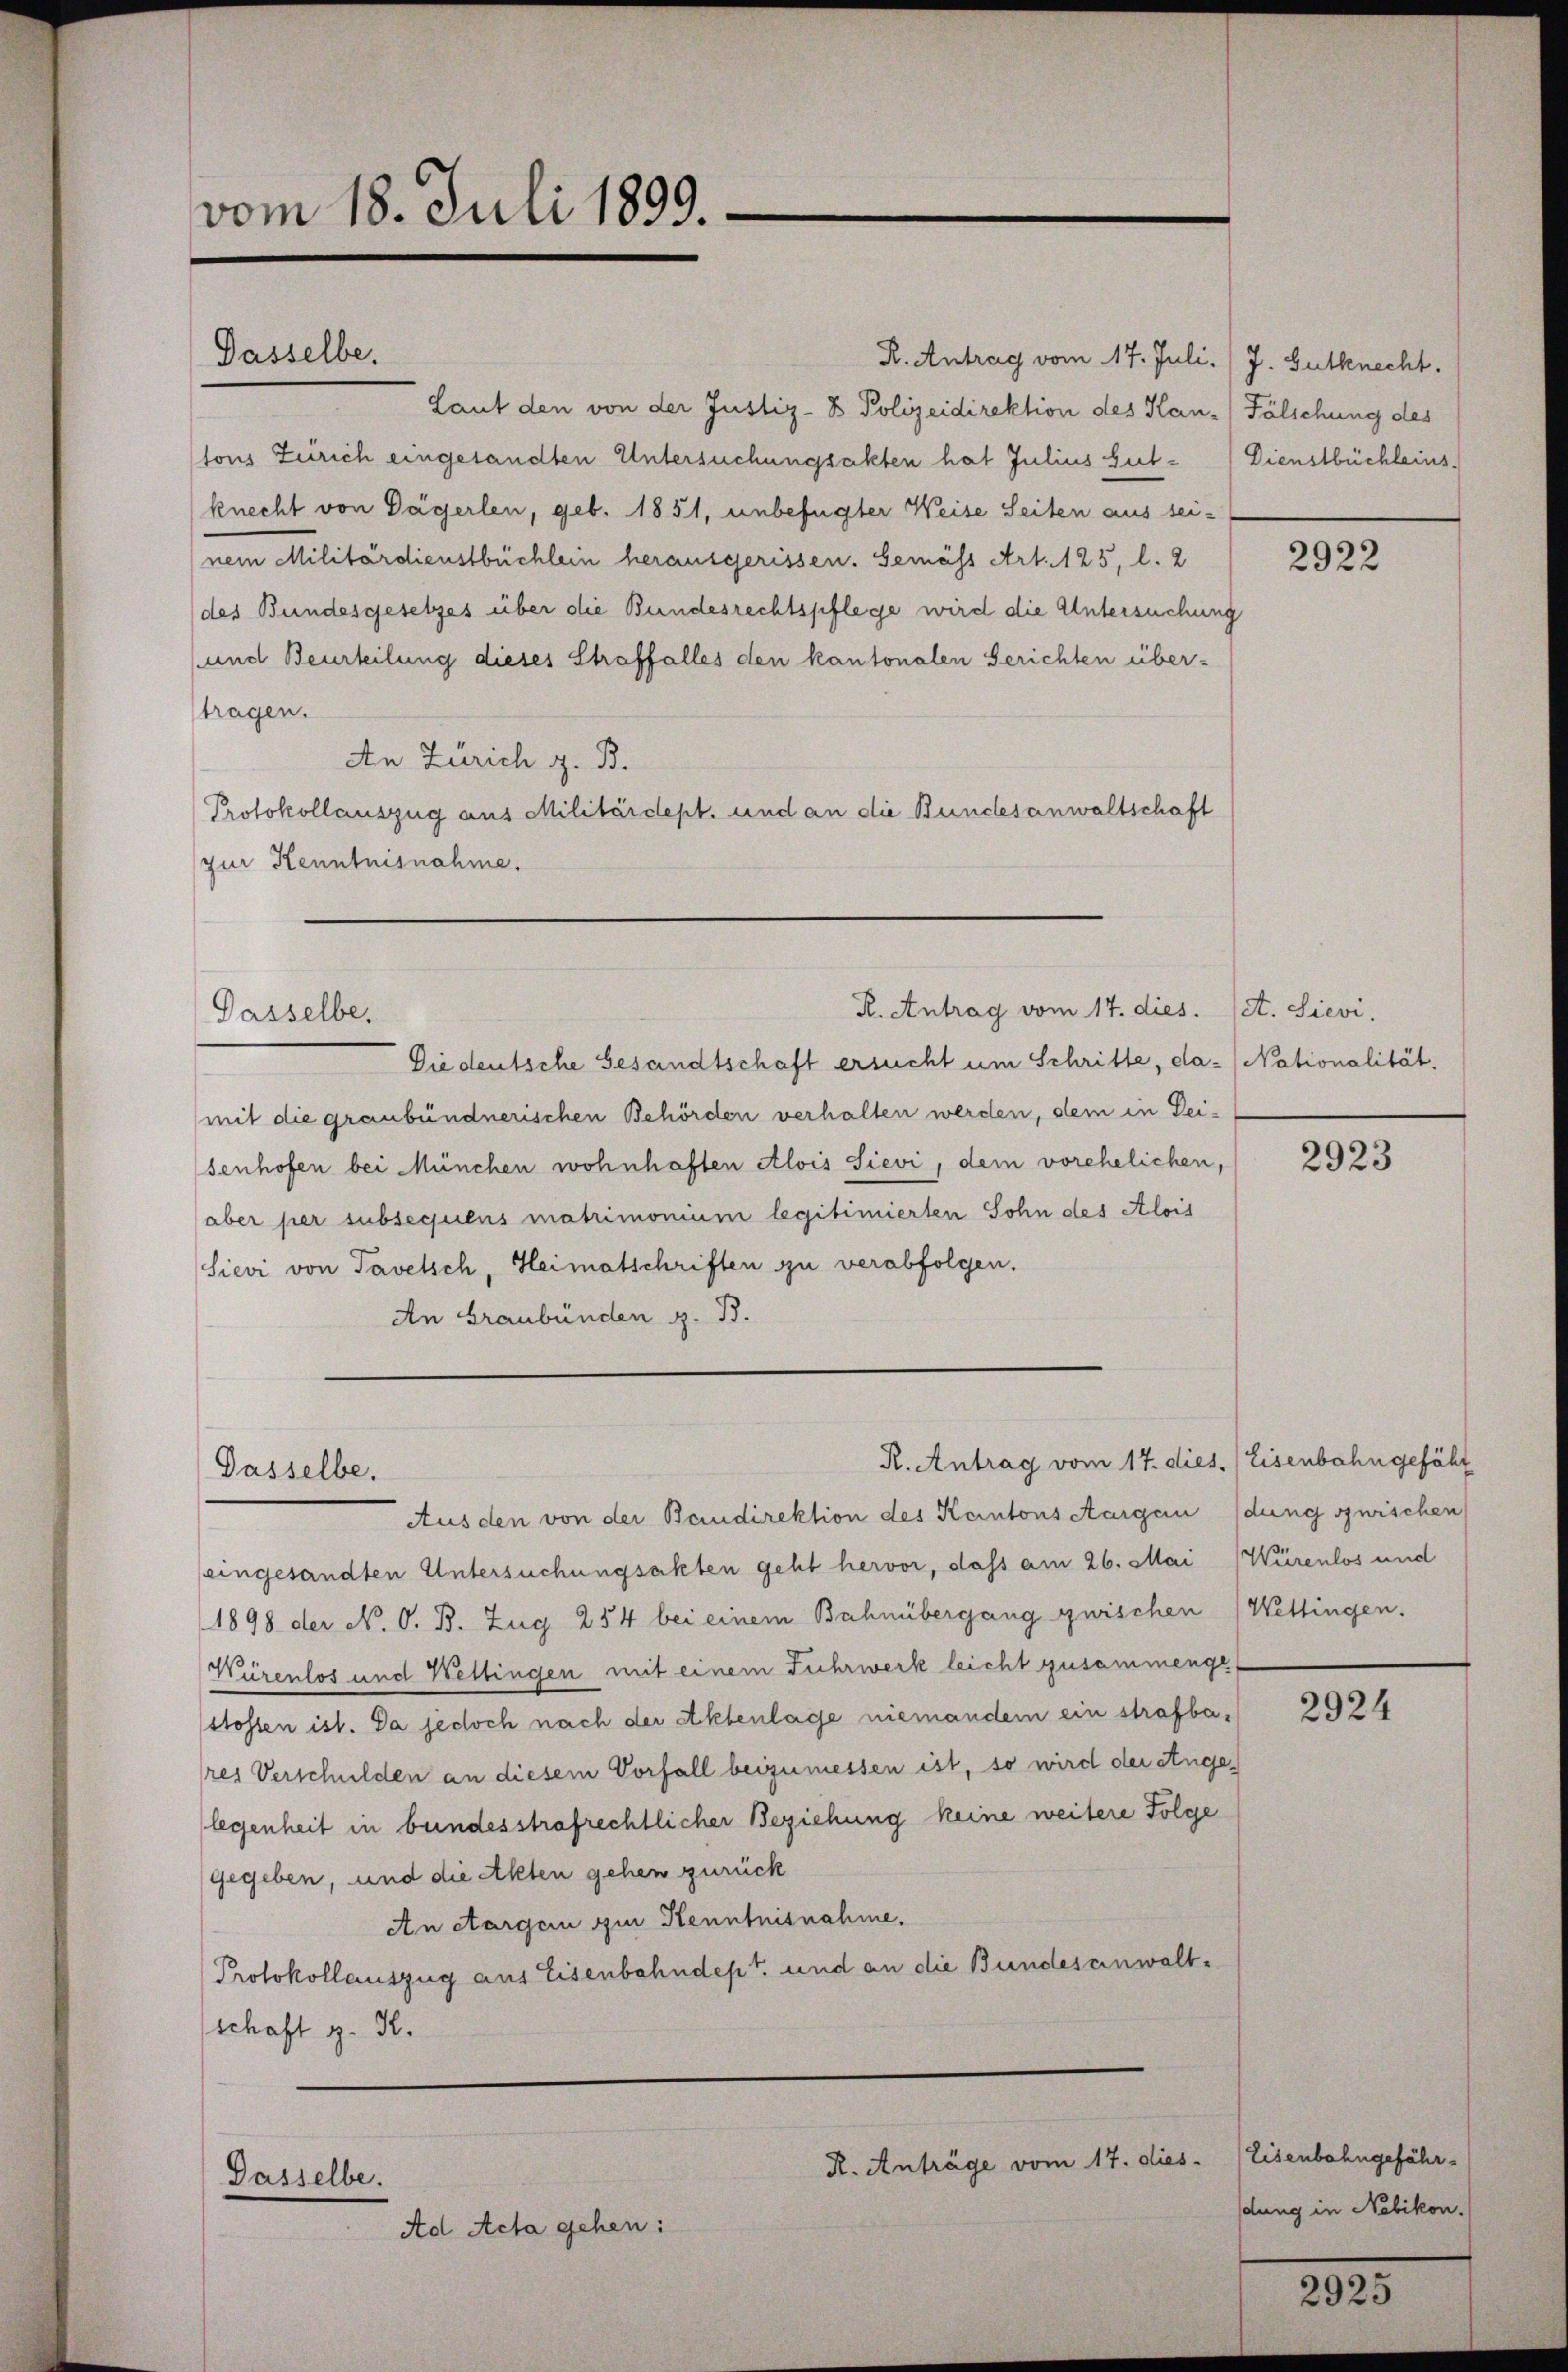
vom 18. Juli 1899.

R. Antrag vom 17. Juli. / J. Gutknecht.
Laut den von der Justiz- & Polizeidirektion des Kan-Fälschung des
tons Zürich eingesandten Untersuchungsakten hat Julius Gut-Dienstbüchleinsknecht von Dägerlen, geb. 1851, unbefugter Weise Seiten aus sei-
nem Militärdienstbüchlein herausgerissen. Gemäss Art. 125, l. 2
des Bundesgesetzes über die Bundesrechtspflege wird die Untersuchung
und Beurteilung dieses Straffalles den kantonalen Gerichten über-
tragen.
An Zürich z. B.
Protokollauszug aus Militärdept. und an die Bundesanwaltschaft
zur Kenntnisnahme.

Dasselbe.

Die deutsche Gesandtschaft ersucht um Schritte, da Nationalität.
mit die graubündnerischen Behörden verhalten werden, dem in Deisenhofen bei München wohnhaften Alois Sievi, dem vorehelichen,
aber per subsequens matrimonium legitimierten Sohn des Alois
Sievi von Tavetsch, Heimatschriften zu verabfolgen.
An Graubünden z. B.
Aus den von der Baudirektion des Keintons Aargau (dung zwischen
eingesandten Untersuchungsakten geht hervor, dass am 26. Mai Würenlos und
1898 der N. O. B. Zug 254 bei einem Bahnübergang zwischen (Wettingen.
Würenlos und Wettingen mit einem Fuhrwerk leicht zusammenge
stossen ist. Da jedoch nach der Aktenlage niemander ein strafbares Verschulden an diesem Vorfall beizumessen ist, so wird der Ange
legenheit in bundesstrafrechtlicher Beziehung keine weitere Folge
gegeben, und die Akten gehen zurück
An ctargen zur Kenntnisnahme.
Protokollauszug aus Eisenbahndept. und an die Bundesanwaltschaft z. K.

Dasselber

Dasselbe.

Dasselbe.
Ad Acta gehen:

R. Antrag vom 17. dies. et. Sievi

R. Antrag vom 17. dies. / Eisenbahngefähr

R. Anträge vom 17. dies

2922

2923

2924

Eisenbahngefährd
dung in Nebikon.

2925